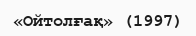
«Ойтолғақ» (1997)